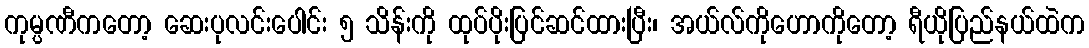
ကုမ္ပဏီကတော့ ဆေးပုလင်းပေါင်း ၅ သိန်းကို ထုပ်ပိုးပြင်ဆင်ထားပြီး၊ အယ်လ်ကိုဟောကိုတော့ ရီယိုပြည်နယ်ထဲက